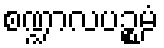
စဏ္ဍာလပဉ္စမံ